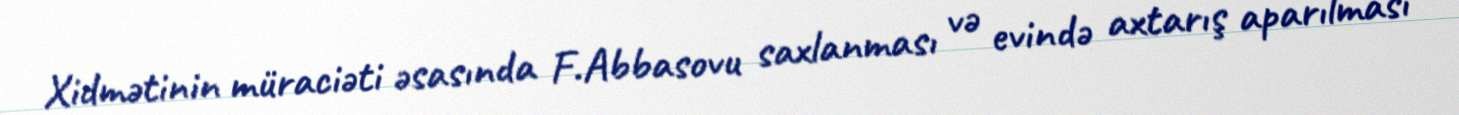
Xidmətinin müraciəti əsasında F.Abbasovu saxlanması və evində axtarış aparılması